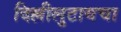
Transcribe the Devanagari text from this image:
दिल्लीलुटायचा